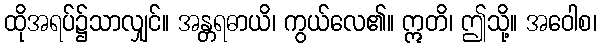
ထိုအရပ်၌သာလျှင်။ အန္တရဓာယိ၊ ကွယ်လေ၏။ ဣတိ၊ ဤသို့။ အဝေါစ၊